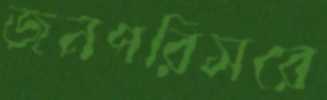
জনপরিসরে